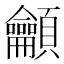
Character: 龥